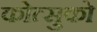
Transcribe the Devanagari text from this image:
कोत्सुको